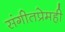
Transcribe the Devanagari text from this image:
संगीतप्रेमही